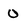
Character: 0